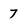
Character: 7